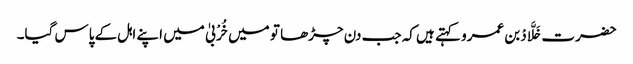
حضرت خَلَّادْ بن عمرو کہتے ہیں کہ جب دن چڑھا تو میں خُرْبیٰ میں اپنے اہل کے پاس گیا۔